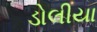
ડોલીયા